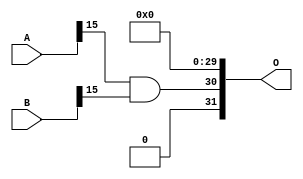
/***
* This code is a part of EvoApproxLib library (ehw.fit.vutbr.cz/approxlib) distributed under The MIT License.
* When used, please cite the following article(s): PRABAKARAN B. S., MRAZEK V., VASICEK Z., SEKANINA L., SHAFIQUE M. ApproxFPGAs: Embracing ASIC-based Approximate Arithmetic Components for FPGA-Based Systems. DAC 2020. 
***/
// MAE% = 18.75 %
// MAE = 805273600 
// WCE% = 75.00 %
// WCE = 3221094401 
// WCRE% = 100.00 %
// EP% = 100.00 %
// MRE% = 87.99 %
// MSE = 10407.645e14 
// FPGA_POWER = 0.25
// FPGA_DELAY = 6.0
// FPGA_LUT = 1.0


module mul16u_HEZ ( A, B, O );
  input [15:0] A;
  input [15:0] B;
  output [31:0] O;

  wire S_15_15,S_16_14,S_16_15;

  assign S_15_15 = (A[15] & B[15]);
  assign S_16_14 = S_15_15;
  assign S_16_15 = 1'b0;
  assign O = {S_16_15,S_16_14,1'b0,1'b0,1'b0,1'b0,1'b0,1'b0,1'b0,1'b0,1'b0,1'b0,1'b0,1'b0,1'b0,1'b0,1'b0,1'b0,1'b0,1'b0,1'b0,1'b0,1'b0,1'b0,1'b0,1'b0,1'b0,1'b0,1'b0,1'b0,1'b0,1'b0};

endmodule